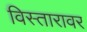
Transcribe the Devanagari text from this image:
विस्तारावर